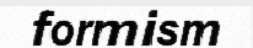
formism